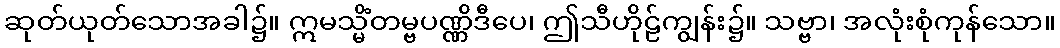
ဆုတ်ယုတ်သောအခါ၌။ ဣမသ္မိံတမ္ဗပဏ္ဏိဒီပေ၊ ဤသီဟိုဠ်ကျွန်း၌။ သဗ္ဗာ၊ အလုံးစုံကုန်သော။